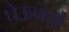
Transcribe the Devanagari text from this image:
घेऊनतो